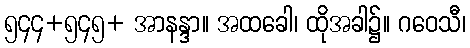
၅၄၄+၅၄၅+ အာနန္ဒာ။ အထခေါ၊ ထိုအခါ၌။ ဂဝေသီ၊